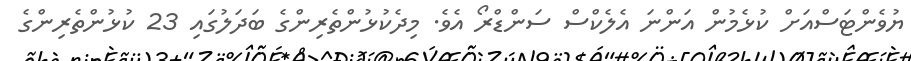
ޔުވެންޓަސްއަށް ކުޅެމުން އަންނަ އެލެކްސް ސަންޑްރޯ އެވެ. މިދެކުޅުންތެރިންގެ ބަދަލުގައި 23 ކުޅުންތެރިންގެ